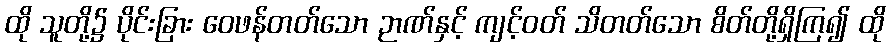
ထို သူတို့၌ ပိုင်းခြား ဝေဖန်တတ်သော ဉာဏ်နှင့် ကျင့်ဝတ် သိတတ်သော စိတ်တို့ရှိကြ၍ ထို